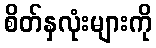
စိတ်နှလုံးများကို